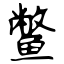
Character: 鳖